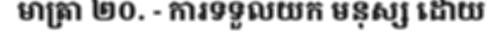
មាត្រា ២០. - ការទទួលយក មនុស្ស ដោយ